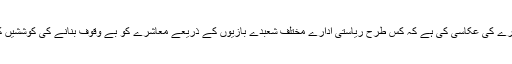
فور مان نے اس فلم میں فائر بریگیڈ کے عملے کے ذریعے پورے معاشرے کی عکّاسی کی ہے کہ کس طرح ریاستی ادارے مختلف شعبدے بازیوں کے ذریعے معاشرے کو بے وقوف بنانے کی کوششیں کرتے رہتے ہیں اور خود اپنی بنیادی ذمّے داریاں بھی پوری نہیں کرتے۔